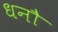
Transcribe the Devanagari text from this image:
धनौ